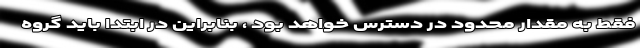
فقط به مقدار محدود در دسترس خواهد بود ، بنابراین در ابتدا باید گروه